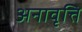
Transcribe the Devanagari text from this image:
अनावृत्ति